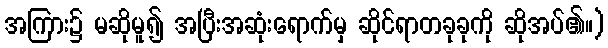
အကြား၌ မဆိုမူ၍ အပြီးအဆုံးရောက်မှ ဆိုင်ရာတခုခုကို ဆိုအပ်၏။)